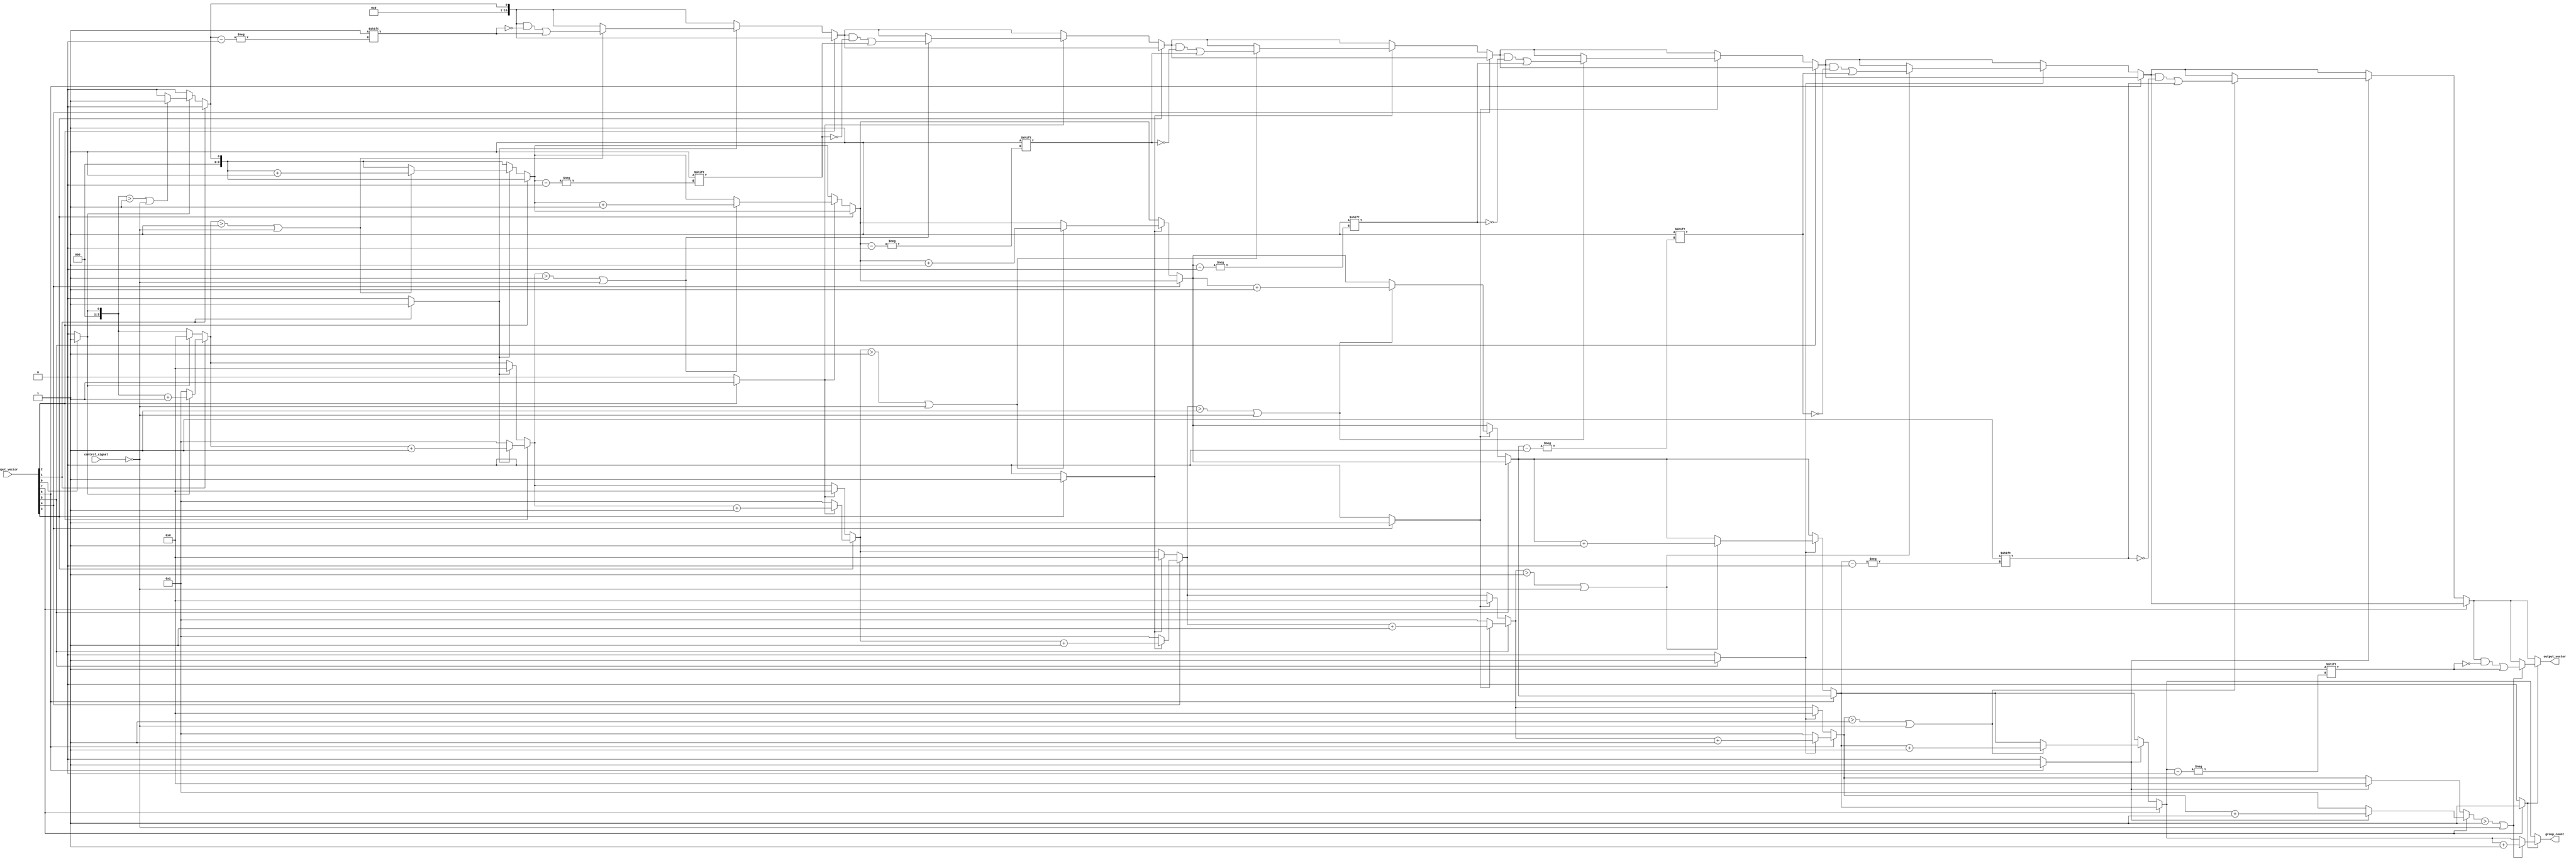
module grouping_of_ones #(
    parameter N = 8, // Size of the input vector
    parameter M = 16 // Size of the output vector (adjust as needed)
)(
    input  wire [N-1:0] input_vector, // Input binary vector
    input  wire          control_signal, // Control signal to filter groups
    output reg  [M-1:0] output_vector, // Output vector for grouped '1's
    output reg  [3:0]   group_count     // Count of groups found
);

    integer i;
    reg [N-1:0] temp_vector;
    reg in_group;
    reg [3:0] count; // Temporary count for groups

    always @(*) begin
        // Initialize outputs
        output_vector = 0;
        group_count = 0;
        count = 0;
        in_group = 0;

        // Scan through the input vector
        for (i = 0; i < N; i = i + 1) begin
            if (input_vector[i] == 1'b1) begin
                if (!in_group) begin
                    // Start of a new group
                    in_group = 1;
                    count = 1; // Reset count for the new group
                end else begin
                    // Continuation of the current group
                    count = count + 1;
                end
            end else begin
                if (in_group) begin
                    // End of the current group
                    in_group = 0;
                    if (count > 1 || !control_signal) begin
                        // Store the group information in output_vector
                        output_vector[group_count] = 1'b1; // Mark the group
                        group_count = group_count + 1; // Increment group count
                    end
                    count = 0; // Reset count for the next group
                end
            end
        end

        // Handle case where the last bit is '1'
        if (in_group) begin
            if (count > 1 || !control_signal) begin
                output_vector[group_count] = 1'b1; // Mark the last group
                group_count = group_count + 1; // Increment group count
            end
        end
    end

endmodule